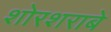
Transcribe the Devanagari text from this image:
शोरशराबे